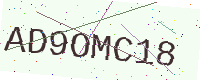
Text: AD9OMC18